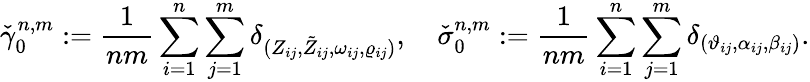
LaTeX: \check{\gamma}_{0}^{n,m}:=\frac{1}{nm}\sum_{i=1}^{n}\sum_{j=1}^{m}\delta_{(Z_{ij},\tilde{Z}_{ij},\omega_{ij},\varrho_{ij})},\quad\check{\sigma}_{0}^{n,m}:=\frac{1}{nm}\sum_{i=1}^{n}\sum_{j=1}^{m}\delta_{(\vartheta_{ij},\alpha_{ij},\beta_{ij})}.